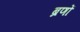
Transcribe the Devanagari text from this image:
ब्रणों